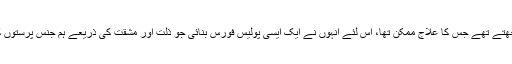
چونکہ نازی، ہم جنس پرستی کو بیماری سمجھتے تھے جس کا علاج ممکن تھا، اس لئے انہوں نے ایک ایسی پولیس فورس بنائی جو ذلت اور مشقت کی ذریعے ہم جنس پرستوں کو ان کی “بیماری” سے “نجات” دلاتے تھے۔